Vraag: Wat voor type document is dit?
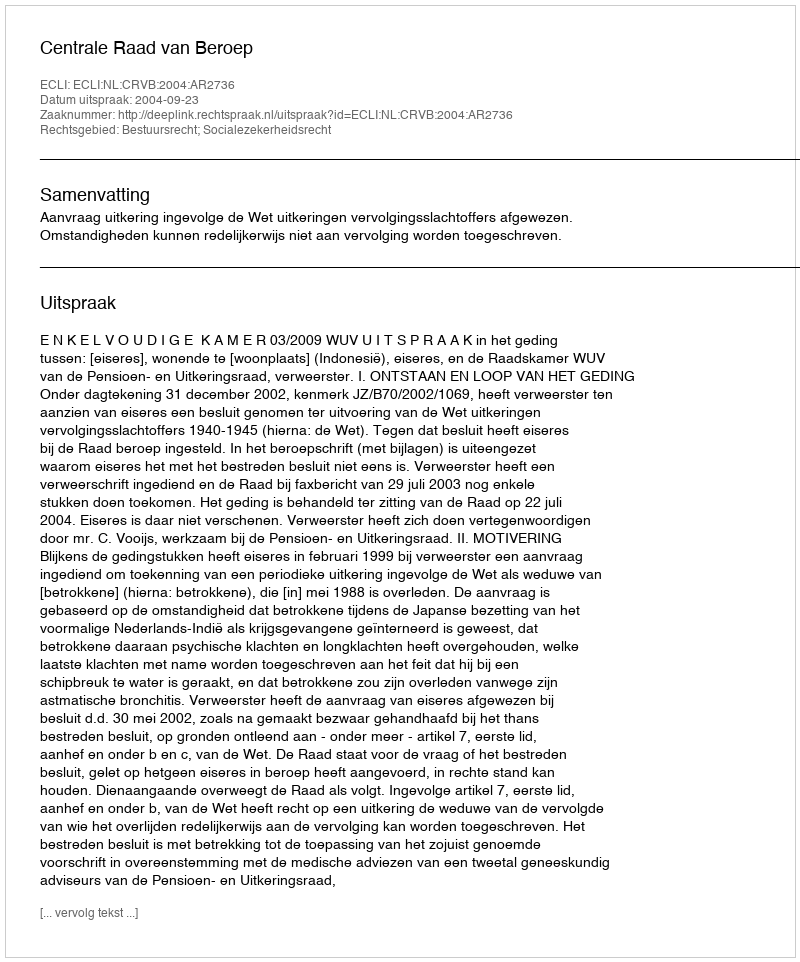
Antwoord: Uitspraak